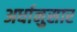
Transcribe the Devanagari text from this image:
अर्धानुसार